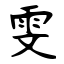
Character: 雯